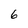
Character: 6